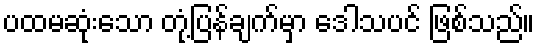
ပထမဆုံးသော တုံ့ပြန်ချက်မှာ ဒေါသပင် ဖြစ်သည်။